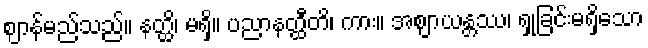
ဈာန်မည်သည်။ နတ္ထိ၊ မရှိ။ ပညာနတ္ထီတိ၊ ကား။ အဈာယန္တဿ၊ ရှုခြင်းမရှိသော